Indian Civil Veterinary Department memoirs
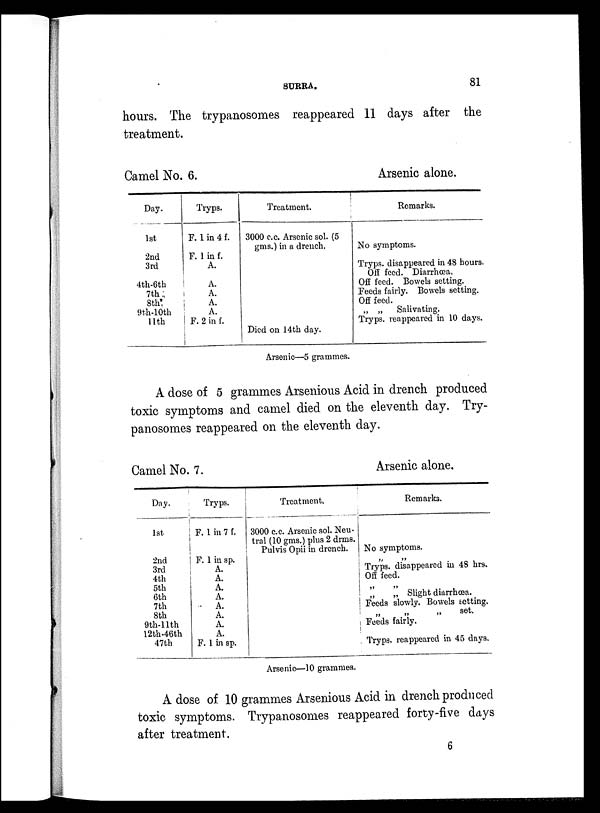
SURRA.
81
hours. The trypanosomes reappeared 11 days after the
treatment.
Camel No. 6.
Day.
1st
2nd
3rd
4th-6th
7th
8th
9th-10th
11th
Tryps.
P. 1 in 4 f.
F. 1 in f.
A.
A.
A.
A.
A.
F. 2 in f.
Treatment.
3000 c.c. Arsenic sol. (5
gms.)in a drench.
Died on 14th day.
Arsenic alone.
Remarks.
No symptoms.
Tryps. disappeared in 48 hours.
Off feed. Diarrhœa.
Off feed. Bowels setting.
Feeds fairly. Bowels setting.
Off feed.
„ „
Salivating.
Tryps. reappeared in 10 days.
Arsenic—5 grammes.
A dose of 5 grammes Arsenious Acid in drench produced
toxic symptoms and camel died on the eleventh day. Try-
panosomes reappeared on the eleventh day.
Camel No. 7.
Day.
1st
2nd
3rd
4th
5th
6th
7th
8th
9th-11th
12th-46th
47th
Tryps.
F. 1 in 7 f.
F. 1 in sp.
A.
A.
A.
A.
A.
A.
A.
A.
F. 1 in sp.
Treatment.
3000 c.c. Arsenic sol. Neu-
tral (10 gms.) plus 2 drms.
Pulvis Opii in drench.
Arsenic alone.
Remarks.
No symptoms.
„ „
Tryps. disappeared in 48 hrs.
Off feed.
„ „
„
„ Slight diarrhœa.
Feeds slowly. Bowels setting.
„ „ „ set.
Feeds fairly.
Tryps. reappeared in 45 days.
Arsenic—10 grammes.
A dose of 10 grammes Arsenious Acid in drench produced
toxic symptoms. Trypanosomes reappeared forty-five days
after treatment.
6